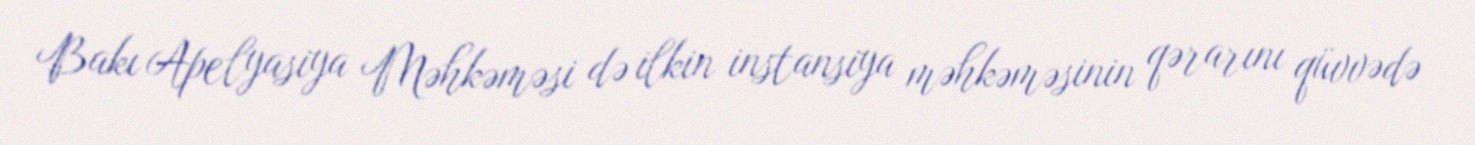
Bakı Apelyasiya Məhkəməsi də ilkin instansiya məhkəməsinin qərarını qüvvədə